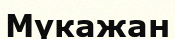
Мүкажан